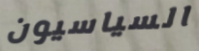
السياسيون